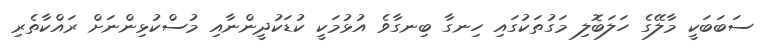
ސަބަބަކީ މާލޭގެ ހަލަބޮލި މަގުތަކުގައި ހިނގާ ބިނގާވެ އުޅުމަކީ ކުޑަކުދީންނާއި މުސްކުޅިންނަށް ރައްކާތެރި